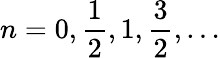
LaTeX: n=0,{\frac{1}{2}},1,{\frac{3}{2}},\ldots